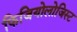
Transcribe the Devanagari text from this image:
फिजियोलोजिस्ट